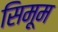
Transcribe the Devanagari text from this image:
सिमूम